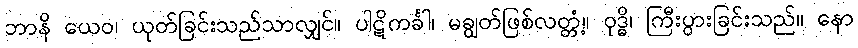
ဘာနိ ယေဝ၊ ယုတ်ခြင်းသည်သာလျှင်။ ပါဋိကင်္ခါ၊ မချွတ်ဖြစ်လတ္တံ့။ ဝုဒ္ဓိ၊ ကြီးပွားခြင်းသည်။ နော